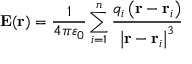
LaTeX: \mathbf { E ( r ) } = { \frac { 1 } { 4 \pi \varepsilon _ { 0 } } } \sum _ { i = 1 } ^ { n } { \frac { q _ { i } \left( \mathbf { r } - \mathbf { r } _ { i } \right) } { \left| \mathbf { r } - \mathbf { r } _ { i } \right| ^ { 3 } } }